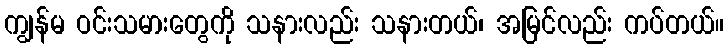
ကျွန်မ ဝင်းသမားတွေကို သနားလည်း သနားတယ်၊ အမြင်လည်း ကပ်တယ်။